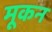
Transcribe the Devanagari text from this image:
मूकन